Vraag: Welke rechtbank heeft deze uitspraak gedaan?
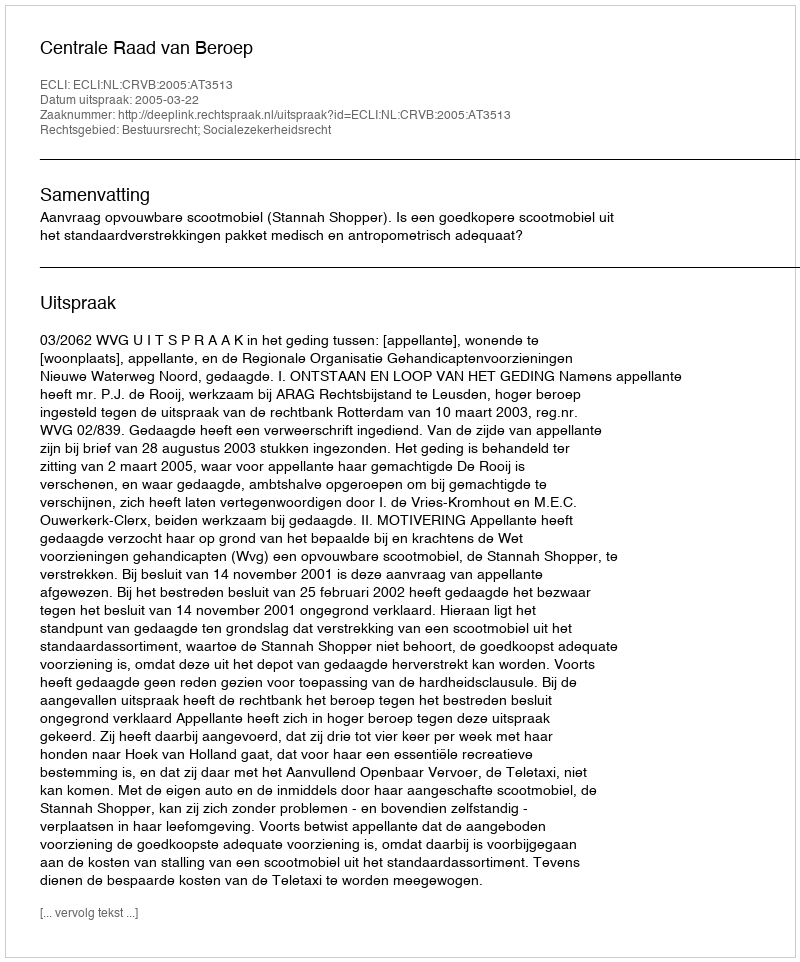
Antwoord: Centrale Raad van Beroep